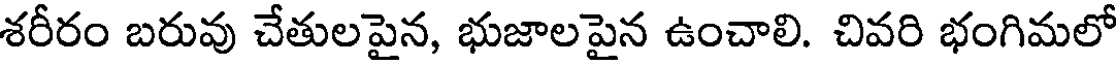
శరీరం బరువు చేతులపైన, భుజాలపైన ఉంచాలి. చివరి భంగిమలో